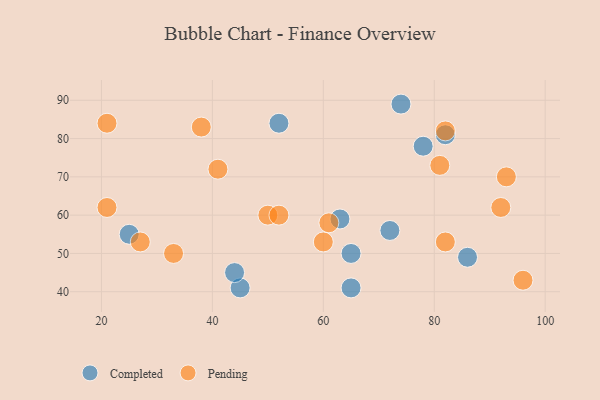
{"axis": {"x": "GDP", "y": "Life Expectancy"}, "legend": ["Completed", "Pending"], "data": [{"x": "65", "y": 41, "type": "Completed"}, {"x": "63", "y": 59, "type": "Completed"}, {"x": "65", "y": 50, "type": "Completed"}, {"x": "25", "y": 55, "type": "Completed"}, {"x": "74", "y": 89, "type": "Completed"}, {"x": "72", "y": 56, "type": "Completed"}, {"x": "82", "y": 81, "type": "Completed"}, {"x": "78", "y": 78, "type": "Completed"}, {"x": "45", "y": 41, "type": "Completed"}, {"x": "44", "y": 45, "type": "Completed"}, {"x": "52", "y": 84, "type": "Completed"}, {"x": "86", "y": 49, "type": "Completed"}, {"x": "61", "y": 58, "type": "Pending"}, {"x": "92", "y": 62, "type": "Pending"}, {"x": "96", "y": 43, "type": "Pending"}, {"x": "81", "y": 73, "type": "Pending"}, {"x": "82", "y": 82, "type": "Pending"}, {"x": "33", "y": 50, "type": "Pending"}, {"x": "38", "y": 83, "type": "Pending"}, {"x": "93", "y": 70, "type": "Pending"}, {"x": "60", "y": 53, "type": "Pending"}, {"x": "27", "y": 53, "type": "Pending"}, {"x": "50", "y": 60, "type": "Pending"}, {"x": "41", "y": 72, "type": "Pending"}, {"x": "21", "y": 62, "type": "Pending"}, {"x": "52", "y": 60, "type": "Pending"}, {"x": "21", "y": 84, "type": "Pending"}, {"x": "82", "y": 53, "type": "Pending"}]}